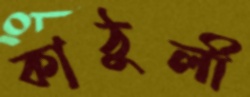
কাঠুলী